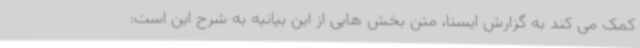
کمک می کند به گزارش ایسنا، متن بخش هایی از این بیانیه به شرح این است: